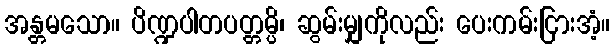
အန္တမသော။ ပိဏ္ဍပါတပတ္တမ္ပိ၊ ဆွမ်းမျှကိုလည်း ပေးကမ်းငြားအံ့။